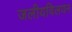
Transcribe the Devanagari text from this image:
जलीयविलयन